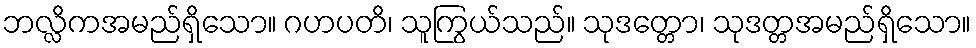
ဘလ္လိကအမည်ရှိသော။ ဂဟပတိ၊ သူကြွယ်သည်။ သုဒတ္တော၊ သုဒတ္တအမည်ရှိသော။